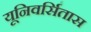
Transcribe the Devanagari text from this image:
यूनिवर्सितास